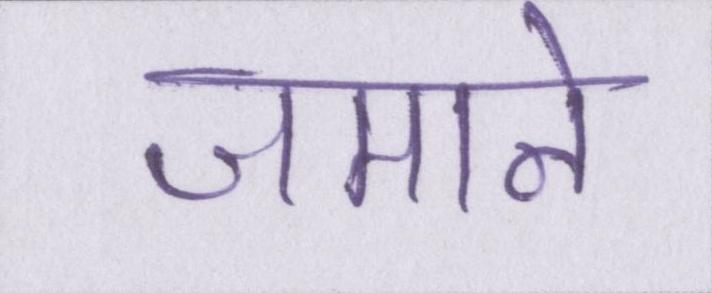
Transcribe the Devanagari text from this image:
जमाने